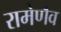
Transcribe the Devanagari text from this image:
रामेणैव